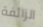
الزائفة